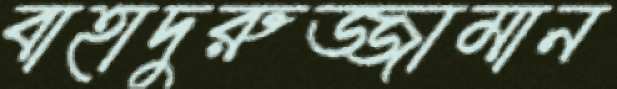
বাহাদুরুজ্জামান